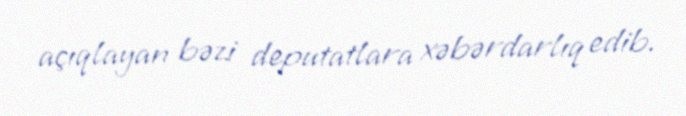
açıqlayan bəzi deputatlara xəbərdarlıq edib.